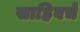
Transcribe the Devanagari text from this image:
साहिबचे